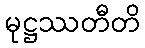
မုဋ္ဌဿတီတိ